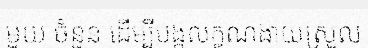
មួយ ចំនួន ដើម្បីបង្កលក្ខណងាយស្រួល